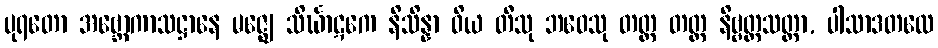
ပုရတော အဗ္ဘောကာသဋ္ဌာနေ မဇ္ဈေ သိင်္ဃာဋကေ နိသိန္နာ ဝိယ တီသု ဘဝေသု တတ္ထ တတ္ထ နိဗ္ဗတ္တသတ္တာ, ပါသာဒတလေ